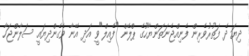
ދިޔަ ދެ ފަތުރުވެރިން ފެނިއްޖެނަތަންޔާހޫގެ ޕްލޭން "ފެއިލް"ވީ އަދި އޭނާ ވެގެންދިޔައީ ސަލާންޖަހާ